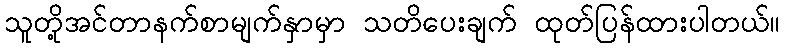
သူတို့အင်တာနက်စာမျက်နှာမှာ သတိပေးချက် ထုတ်ပြန်ထားပါတယ်။